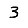
Digit: 3